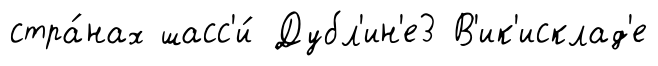
стра́нах шасс'и́ Дубл'ин'е3 В'ик'исклад'е